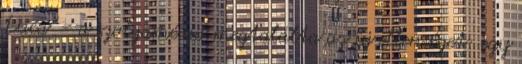
Luca" - a szolgamédia megtalálta az új ellenséget: egy